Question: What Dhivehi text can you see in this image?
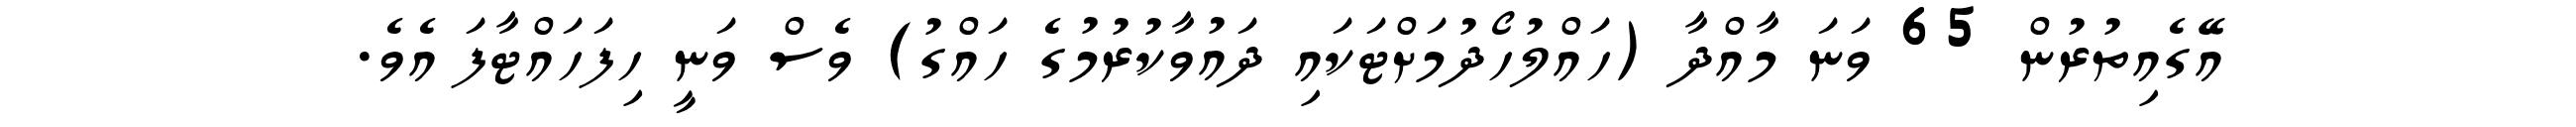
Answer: އޭގެއިތުރުން 65 ވަނަ މާއްދާ (ހައްލުހޯދުމަށްޓަކައި ދައުވާކުރުމުގެ ހައްގު) ވެސް ވަނީ ހިފަހައްޓާފަ އެވެ.